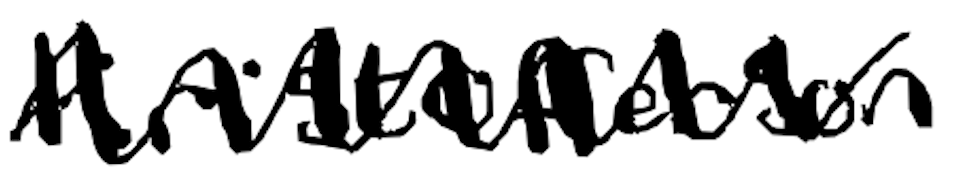
Text: Kristofferson
Cross-out: zig-zag
Writing tool: digital_black